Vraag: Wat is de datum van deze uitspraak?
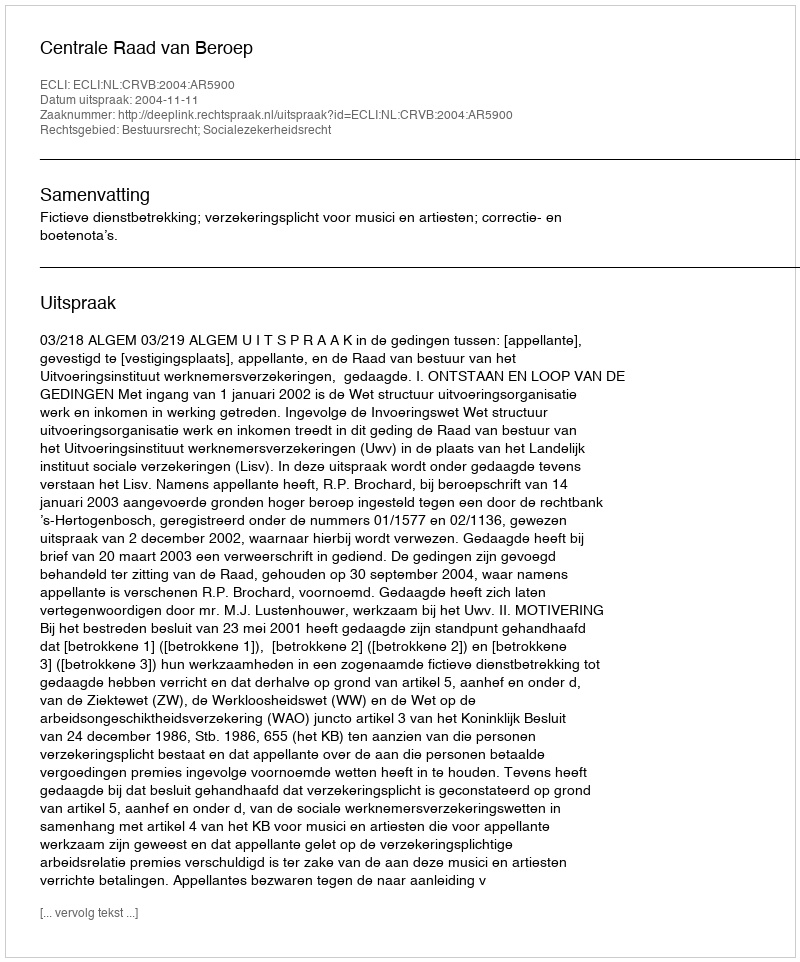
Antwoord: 2004-11-11